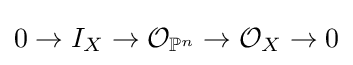
0\to I_{X}\to {\mathcal {O}}_{\mathbb {P} ^{n}}\to {\mathcal {O}}_{X}\to 0